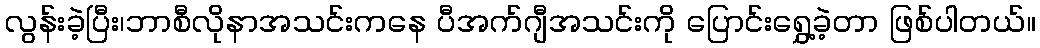
လွန်းခဲ့ပြီး၊ဘာစီလိုနာအသင်းကနေ ပီအက်ဂျီအသင်းကို ပြောင်းရွှေ့ခဲ့တာ ဖြစ်ပါတယ်။